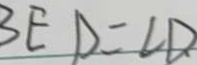
B E D = \angle D